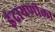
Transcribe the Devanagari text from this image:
इंद्रायणीला